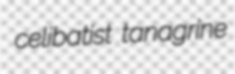
celibatist tanagrine